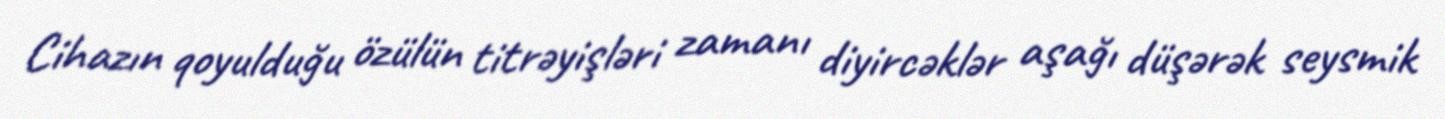
Cihazın qoyulduğu özülün titrəyişləri zamanı diyircəklər aşağı düşərək seysmik